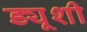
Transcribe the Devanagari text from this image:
ड्यूशी